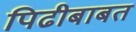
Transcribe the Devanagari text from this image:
पिढीबाबत